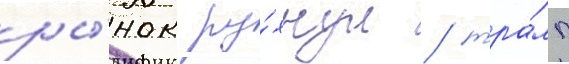
ры́нок ру́хнул / тра́мп